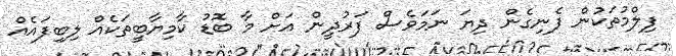
ފިލްމުތަކުން ފެނިގެން ދިޔަ ނަމަވެސް ފަރުދީން އަށް މާ ބޮޑު ކާމިޔާބީތަކެއް ލިބިފައެއް